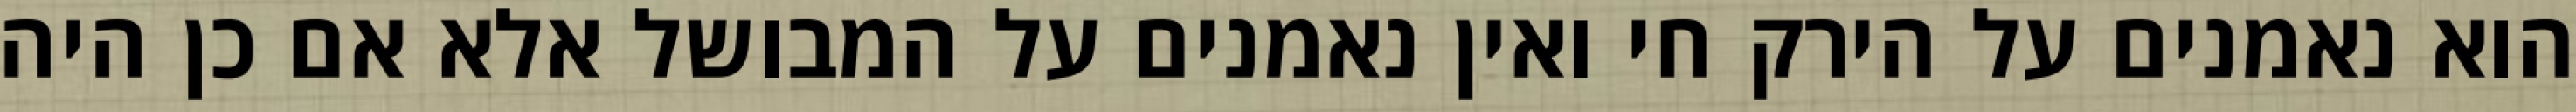
הוא נאמנים על הירק חי ואין נאמנים על המבושל אלא אם כן היה